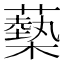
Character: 𧁈